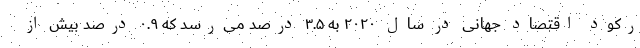
رکود اقتصاد جهانی در سال ۲۰۲۰ به ۳.۵ درصد می‌رسد که ۰.۹ درصد بیش از